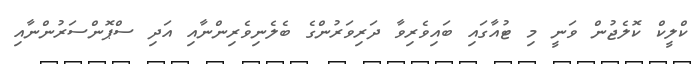
ކްލީކް ކޮލެޖުން ވަނީ މި ޓުއާގައި ބައިވެރިވާ ދަރިވަރުންގެ ބެލެނިވެރިންނާއި އަދި ސްޕޮންސަރުންނާއި